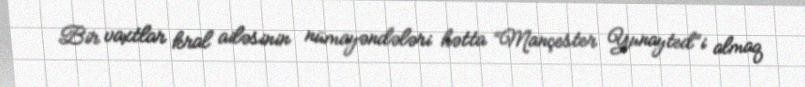
Bir vaxtlar kral ailəsinin nümayəndələri hətta “Mançester Yunayted”i almaq